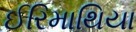
ઈરિમાથિયા